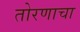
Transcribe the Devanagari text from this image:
तोरणाचा